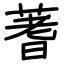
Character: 蓍